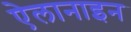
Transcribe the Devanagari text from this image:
ऐलानाइन